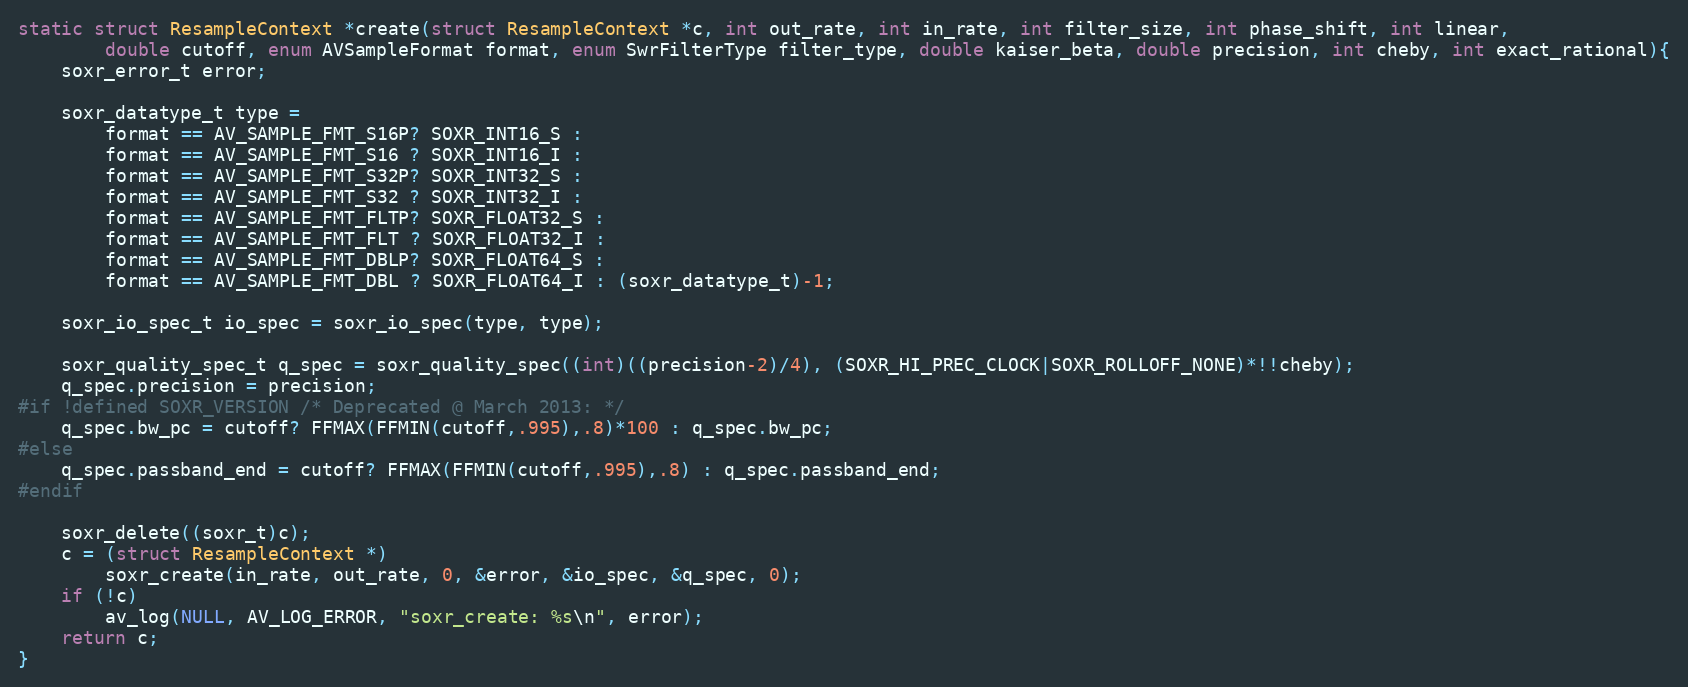
Language: C
static struct ResampleContext *create(struct ResampleContext *c, int out_rate, int in_rate, int filter_size, int phase_shift, int linear,
        double cutoff, enum AVSampleFormat format, enum SwrFilterType filter_type, double kaiser_beta, double precision, int cheby, int exact_rational){
    soxr_error_t error;

    soxr_datatype_t type =
        format == AV_SAMPLE_FMT_S16P? SOXR_INT16_S :
        format == AV_SAMPLE_FMT_S16 ? SOXR_INT16_I :
        format == AV_SAMPLE_FMT_S32P? SOXR_INT32_S :
        format == AV_SAMPLE_FMT_S32 ? SOXR_INT32_I :
        format == AV_SAMPLE_FMT_FLTP? SOXR_FLOAT32_S :
        format == AV_SAMPLE_FMT_FLT ? SOXR_FLOAT32_I :
        format == AV_SAMPLE_FMT_DBLP? SOXR_FLOAT64_S :
        format == AV_SAMPLE_FMT_DBL ? SOXR_FLOAT64_I : (soxr_datatype_t)-1;

    soxr_io_spec_t io_spec = soxr_io_spec(type, type);

    soxr_quality_spec_t q_spec = soxr_quality_spec((int)((precision-2)/4), (SOXR_HI_PREC_CLOCK|SOXR_ROLLOFF_NONE)*!!cheby);
    q_spec.precision = precision;
#if !defined SOXR_VERSION /* Deprecated @ March 2013: */
    q_spec.bw_pc = cutoff? FFMAX(FFMIN(cutoff,.995),.8)*100 : q_spec.bw_pc;
#else
    q_spec.passband_end = cutoff? FFMAX(FFMIN(cutoff,.995),.8) : q_spec.passband_end;
#endif

    soxr_delete((soxr_t)c);
    c = (struct ResampleContext *)
        soxr_create(in_rate, out_rate, 0, &error, &io_spec, &q_spec, 0);
    if (!c)
        av_log(NULL, AV_LOG_ERROR, "soxr_create: %s\n", error);
    return c;
}